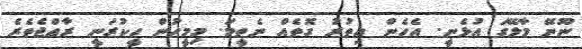
ނޫނޭ މާލޭގަ އުޅެނީ. އެހެން އިތުރު ގޮތެެއް ނެތީމަ. މިމީހުން ހީކުރަނީ ރާޢްޖެތެރެ